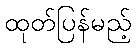
ထုတ်ပြန်မည့်